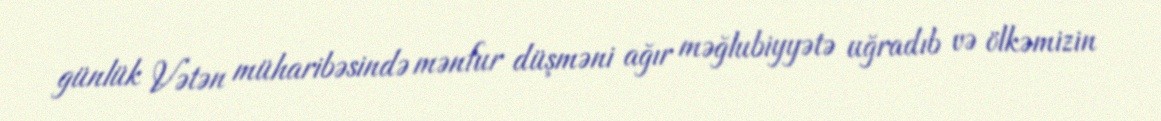
günlük Vətən müharibəsində mənfur düşməni ağır məğlubiyyətə uğradıb və ölkəmizin